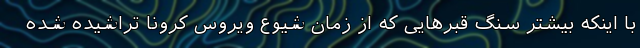
با اینکه بیشتر سنگ قبرهایی که از زمان شیوع ویروس کرونا تراشیده شده